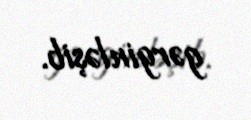
gərginləşib.